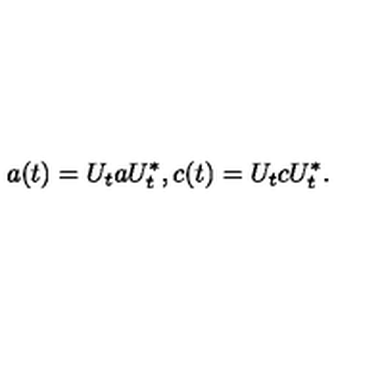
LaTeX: a ( t ) = U _ { t } a U _ { t } ^ { * } , c ( t ) = U _ { t } c U _ { t } ^ { * } .